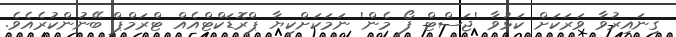
ގިނައިރުވާ ވަރަކަށް ކަޅުވާ 'ޖަސްޓް ފޯ މެން' ނަމަކަށްކިޔާ ޕްރޮޑަކްޓްއެއް ޓްރަމްޕް ބޭނުންކުރެއެވެ.